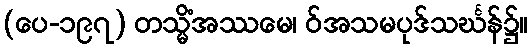
(ပေ-၁၉၇) တသ္မိံအဿမေ၊ ဝ်အသမပုဒ်သင်္ဃန်၌။